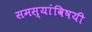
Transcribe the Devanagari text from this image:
समस्यांविषयी